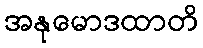
အနုမောဒထာတိ